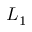
L _ { 1 }